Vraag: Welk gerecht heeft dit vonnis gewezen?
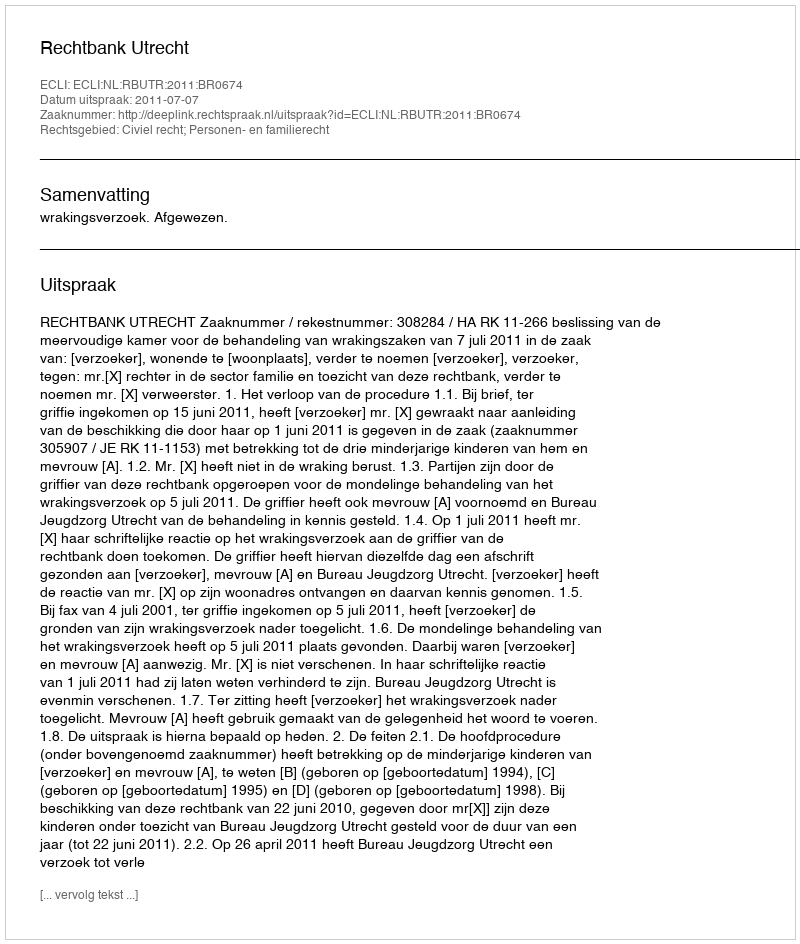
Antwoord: Rechtbank Utrecht